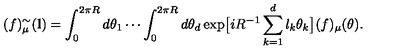
( f ) _ { \mu } ^ { \sim } ( { \bf l } ) = \int _ { 0 } ^ { 2 \pi R } d \theta _ { 1 } \cdots \int _ { 0 } ^ { 2 \pi R } d \theta _ { d } \exp \bigl [ i R ^ { - 1 } \sum _ { k = 1 } ^ { d } l _ { k } \theta _ { k } \bigr ] ( f ) _ { \mu } ( \mathrm { \boldmath { \theta } } ) .